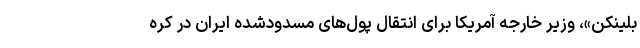
بلینکن»، وزیر خارجه آمریکا برای انتقال پول‌های مسدودشده ایران در کره